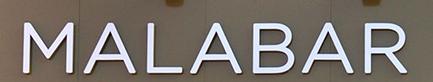
malabar